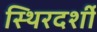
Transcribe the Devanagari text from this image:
स्थिरदर्शी